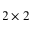
2 \times 2